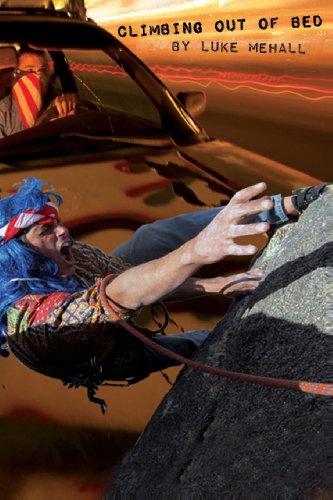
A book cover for Climbing Out of Bed: A Definitive Collection of Climbing and Mountain Town Stories; Luke Mehall; Sports & Outdoors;